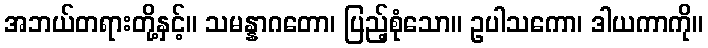
အဘယ်တရားတို့နှင့်။ သမန္နာဂတော၊ ပြည့်စုံသော။ ဥပါသကော၊ ဒါယကာကို။